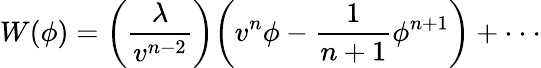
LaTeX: W(\phi)=\biggl(\frac{\lambda}{v^{n-2}}\biggr)\biggl(v^{n}\phi-\frac{1}{n+1}\phi^{n+1}\biggr)+\cdot\cdot\cdot